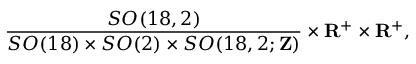
\frac { S O ( 1 8 , 2 ) } { S O ( 1 8 ) \times S O ( 2 ) \times S O ( 1 8 , 2 ; { \bf Z } ) } \times { \bf R } ^ { + } \times { \bf R } ^ { + } ,